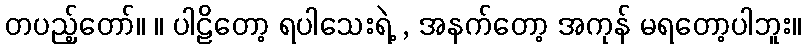
တပည့်တော်။ ။ ပါဠိတော့ ရပါသေးရဲ့ , အနက်တော့ အကုန် မရတော့ပါဘူး။